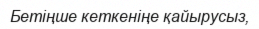
Бетіңше кеткеніңе қайырусыз,